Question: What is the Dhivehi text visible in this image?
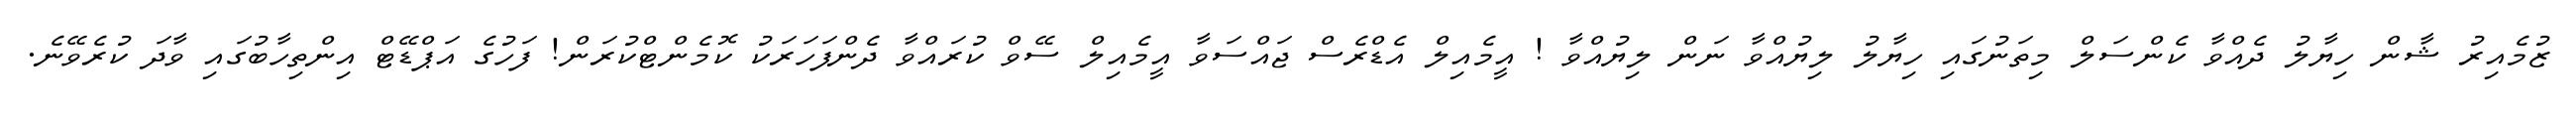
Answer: ޒުމެއިރު ޝާން ހިޔާލު ދެއްވާ ކެންސަލް މިތަނުގައި ހިޔާލު ލިޔުއްވާ ނަން ލިޔުއްވާ ! އީމެއިލް އެޑްރެސް ޖައްސަވާ އީމެއިލް ސޭވް ކުރައްވާ ދެންފަހަރަކު ކޮމެންޓްކުރަން! ފަހުގެ އަޕްޑޭޓް އިންތިހާބުގައި ވާދަ ކުރެވޭނެ.